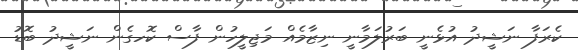
ކެރަފާ ނަޝީދު އުޅެނީ ބަރުލަމާނީ ނިޒާމެއް މަޖިލީހުން ފާސް ކޮހގެން ނަޝީދު ބޮޑު